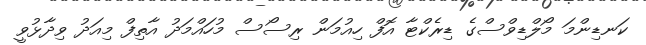
ކަނޑިންމަ މޯލްޑިވްސްގެ ޑިރެކްޓާ އޮފް ހިއުމަން ރިސޯސް މުހައްމަދު އާތިފް މިއަދު ވިދާޅުވީ